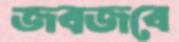
জবজবে